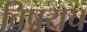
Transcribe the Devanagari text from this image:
विषयच